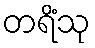
တရိံသု